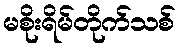
မစိုးရိမ်တိုက်သစ်